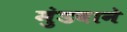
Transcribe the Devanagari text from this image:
मुंडवाने